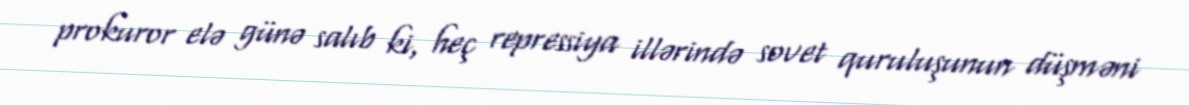
prokuror elə günə salıb ki, heç repressiya illərində sovet quruluşunun düşməni